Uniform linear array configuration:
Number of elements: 12
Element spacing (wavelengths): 0.5
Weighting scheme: kaiser
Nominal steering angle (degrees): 15
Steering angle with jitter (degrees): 16.513
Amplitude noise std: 0.05
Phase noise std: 0.05

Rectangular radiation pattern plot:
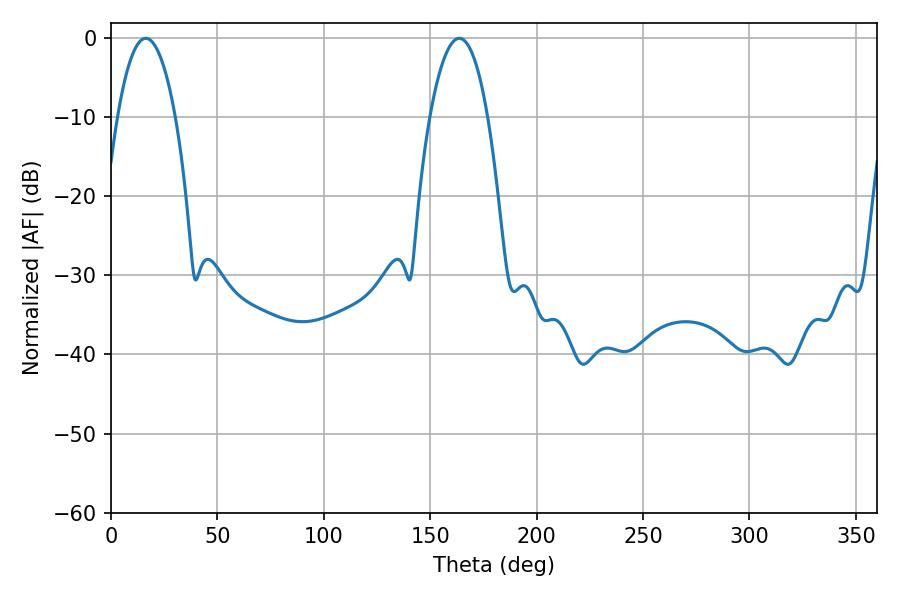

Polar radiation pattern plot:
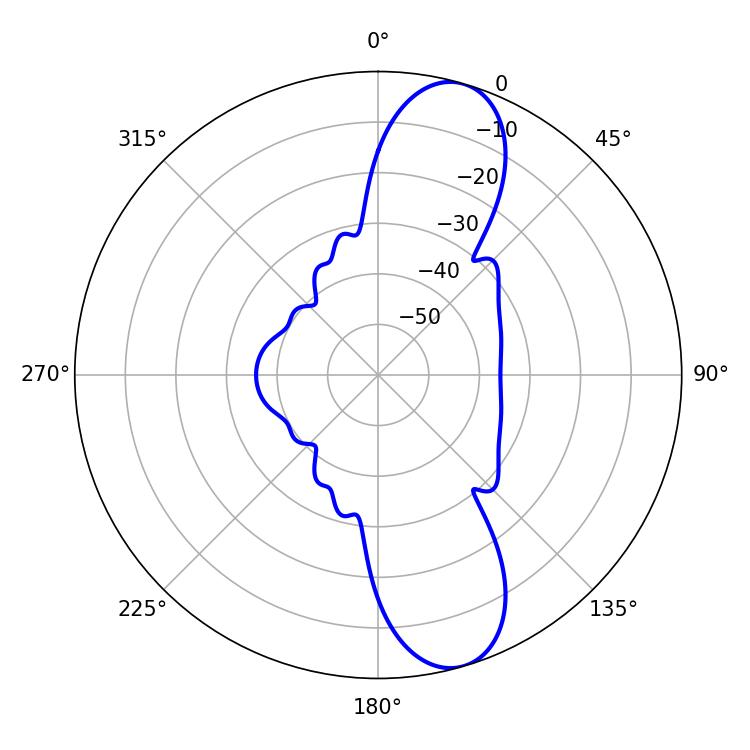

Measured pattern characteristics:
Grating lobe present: FALSE
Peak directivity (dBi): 10.997
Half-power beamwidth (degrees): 15.12
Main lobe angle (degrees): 16.38